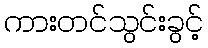
ကားတင်သွင်းခွင့်